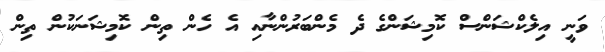
ވަނީ އިލެކްޝަންސް ކޮމިޝަންގެ ދެ މެންބަރުންނާއި އެ ހެން ތިން ކޮމިޝަނަކުން ތިން